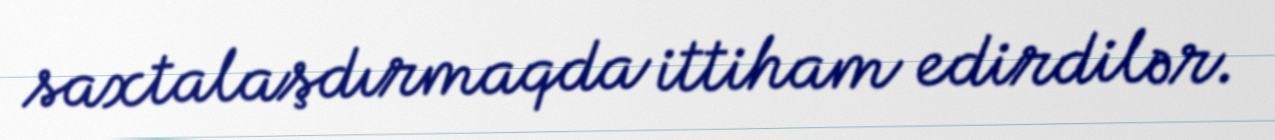
saxtalaşdırmaqda ittiham edirdilər.